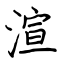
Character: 渲